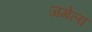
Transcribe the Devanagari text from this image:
जमेला